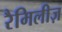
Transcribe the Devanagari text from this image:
रैमिलीज़